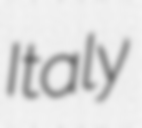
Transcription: Italy